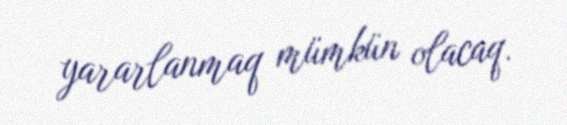
yararlanmaq mümkün olacaq.